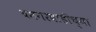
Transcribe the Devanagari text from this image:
यमगरवाडीच्या